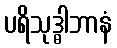
ပရိသုဒ္ဓါဘာနံ